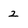
Character: 2